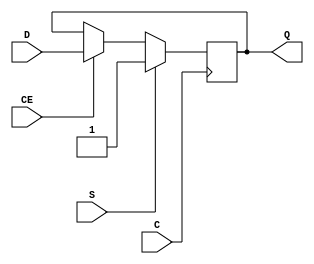
module FDSE_ZINI (output reg Q, input C, CE, D, S);
  parameter [0:0] ZINI = 1'b0;
  parameter [0:0] IS_C_INVERTED = 1'b0;
  initial Q <= !ZINI;
  generate case (|IS_C_INVERTED)
    1'b0: always @(posedge C) if (S) Q <= 1'b1; else if (CE) Q <= D;
    1'b1: always @(negedge C) if (S) Q <= 1'b1; else if (CE) Q <= D;
  endcase endgenerate
endmodule